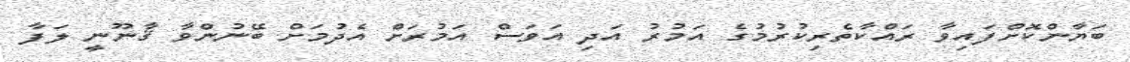
ބަޔާންކޮށްފައިވާ ރައްކާތެރިކުރުމުގެ އަމުރު އަދި އަވަސް އަމުރަށް އެދުމަށް ބޭނުންވާ ޤާނޫނީ ލަފާ